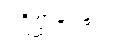
ပဋိစ္ဆာဒေန္တဿ